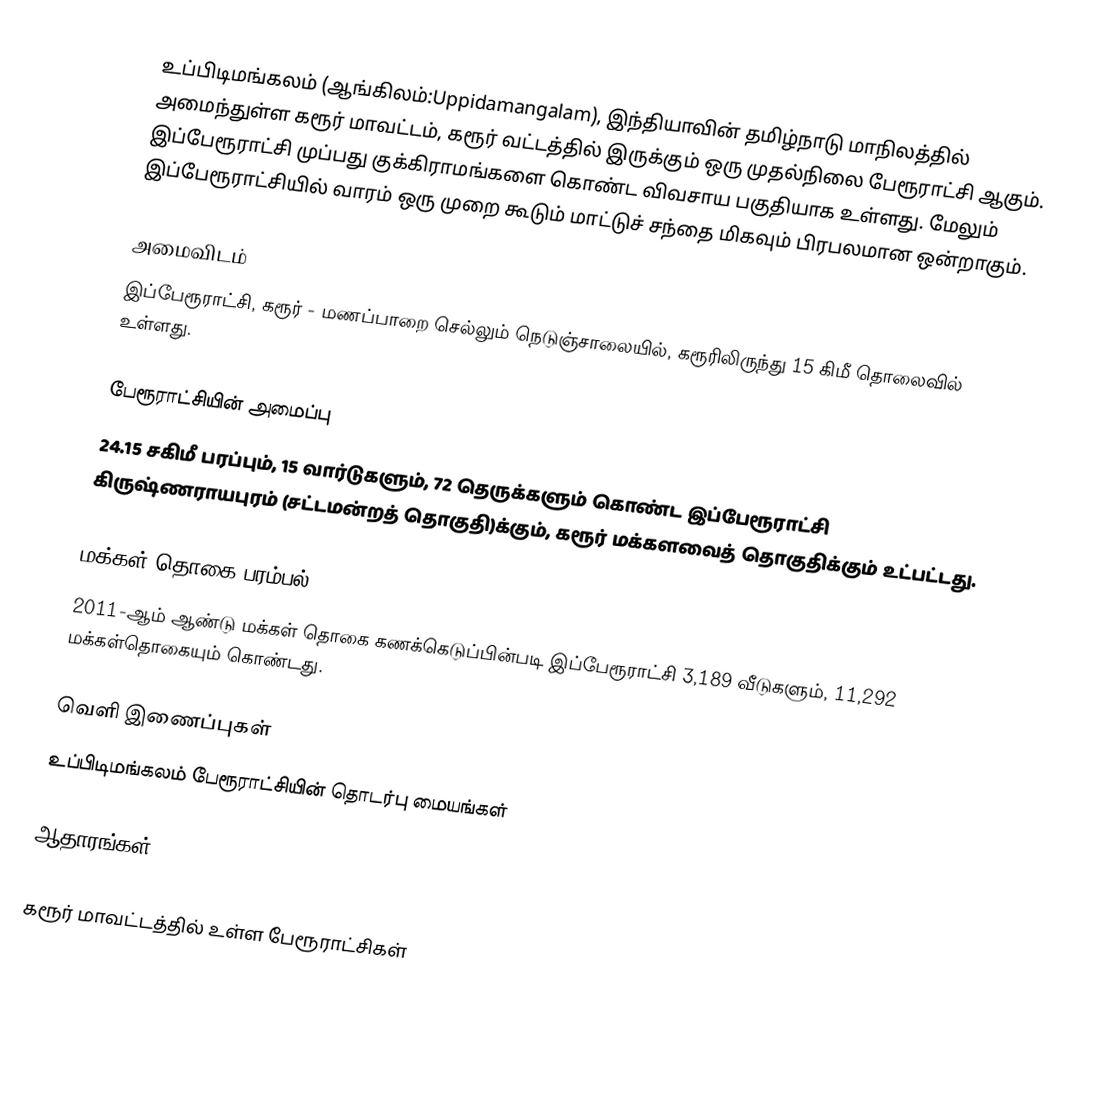
உப்பிடிமங்கலம் (ஆங்கிலம்:Uppidamangalam), இந்தியாவின் தமிழ்நாடு மாநிலத்தில் அமைந்துள்ள கரூர் மாவட்டம், கரூர் வட்டத்தில் இருக்கும் ஒரு முதல்நிலை பேரூராட்சி ஆகும். இப்பேரூராட்சி முப்பது குக்கிராமங்களை கொண்ட விவசாய பகுதியாக உள்ளது. மேலும் இப்பேரூராட்சியில் வாரம் ஒரு முறை கூடும் மாட்டுச் சந்தை மிகவும் பிரபலமான ஒன்றாகும்.

அமைவிடம்
இப்பேரூராட்சி, கரூர் - மணப்பாறை செல்லும் நெடுஞ்சாலையில், கரூரிலிருந்து 15 கிமீ தொலைவில் உள்ளது.

பேரூராட்சியின் அமைப்பு
24.15 சகிமீ பரப்பும்,   15 வார்டுகளும், 72   தெருக்களும் கொண்ட இப்பேரூராட்சி  கிருஷ்ணராயபுரம் (சட்டமன்றத் தொகுதி)க்கும், கரூர் மக்களவைத் தொகுதிக்கும் உட்பட்டது.

மக்கள் தொகை பரம்பல்
2011-ஆம் ஆண்டு மக்கள் தொகை கணக்கெடுப்பின்படி  இப்பேரூராட்சி 3,189 வீடுகளும், 11,292  மக்கள்தொகையும் கொண்டது.

வெளி இணைப்புகள்
 உப்பிடிமங்கலம் பேரூராட்சியின் தொடர்பு மையங்கள்

ஆதாரங்கள்

கரூர் மாவட்டத்தில் உள்ள பேரூராட்சிகள்